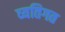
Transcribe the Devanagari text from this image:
व्यतिगत